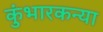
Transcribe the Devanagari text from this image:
कुंभारकन्या